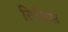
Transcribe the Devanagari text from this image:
टिग्रिस